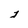
Character: j